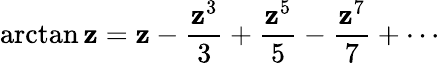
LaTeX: \arctan\mathbf{z}=\mathbf{z}-{\frac{{\mathbf{z}^{3}}}{{3}}}+{\frac{{\mathbf{z}^{5}}}{{5}}}-{\frac{{\mathbf{z}^{7}}}{{7}}}+\cdots